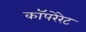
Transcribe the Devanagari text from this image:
कॉपरेरेट